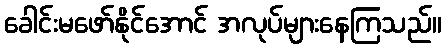
ခေါင်းမဖော်နိုင်အောင် အလုပ်များနေကြသည်။